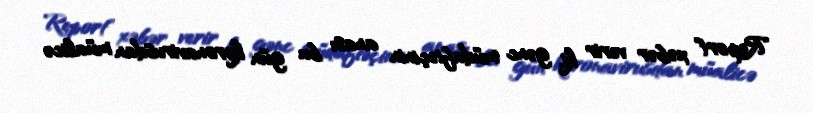
Report" xəbər verir ki, gənc müdafiəçinin anası bu gün koronavirusdan müalicə